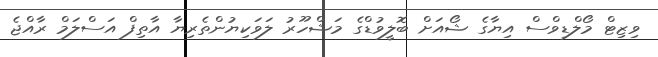
ވިޒިޓް މޯލްޑިވްސް އިޔާގެ ޝޯއަށް ބޮލީވުޑްގެ މަޝްހޫރު ލަވަކިޔުންތެރިޔާ އާތިފް އަސްލަމް ރާއްޖެ